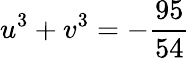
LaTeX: u^{3}+v^{3}=-\frac{95}{54}